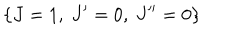
\left\{ J = 1 , \ J ^ { \prime } = 0 , \ J ^ { \prime \prime } = 0 \right\}